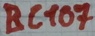
Text: BC107